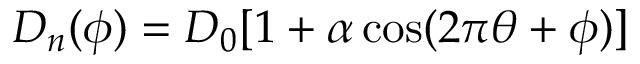
D _ { n } ( \phi ) = D _ { 0 } [ 1 + \alpha \cos ( 2 \pi \theta + \phi ) ]